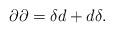
LaTeX: \begin{align*}\partial \partial =\delta d+d\delta .\end{align*}